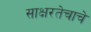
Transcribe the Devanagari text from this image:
साक्षरतेचाचे